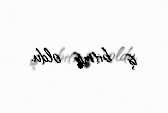
iş bitmiş oldu.